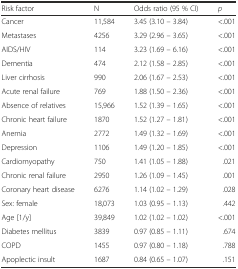
| Risk factor | N | Odds ratio (95 % CI) | p |
 | --- | --- | --- | --- |
 | Cancer | 11,584 | 3.45 (3.10 – 3.84) | <.001 |
 | Metastases | 4256 | 3.29 (2.96 – 3.65) | <.001 |
 | AIDS/HIV | 114 | 3.23 (1.69 – 6.16) | <.001 |
 | Dementia | 474 | 2.12 (1.58 – 2.85) | <.001 |
 | Liver cirrhosis | 990 | 2.06 (1.67 – 2.53) | <.001 |
 | Acute renal failure | 769 | 1.88 (1.50 – 2.36) | <.001 |
 | Absence of relatives | 15,966 | 1.52 (1.39 – 1.65) | <.001 |
 | Chronic heart failure | 1870 | 1.52 (1.27 – 1.81) | <.001 |
 | Anemia | 2772 | 1.49 (1.32 – 1.69) | <.001 |
 | Depression | 1106 | 1.49 (1.20 – 1.85) | <.001 |
 | Cardiomyopathy | 750 | 1.41 (1.05 – 1.88) | .021 |
 | Chronic renal failure | 2950 | 1.26 (1.09 – 1.45) | .001 |
 | Coronary heart disease | 6276 | 1.14 (1.02 – 1.29) | .028 |
 | Sex: female | 18,073 | 1.03 (0.95 – 1.13) | .442 |
 | Age [1/y] | 39,849 | 1.02 (1.02 – 1.02) | <.001 |
 | Diabetes mellitus | 3839 | 0.97 (0.85 – 1.11) | .674 |
 | COPD | 1455 | 0.97 (0.80 – 1.18) | .788 |
 | Apoplectic insult | 1687 | 0.84 (0.65 – 1.07) | .151 |